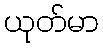
ယုတ်မာ